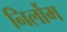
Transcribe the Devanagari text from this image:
निर्लोम